65_HS1-834228961_62-HQ-83894_Section_3
Agency: FBI
Page 30
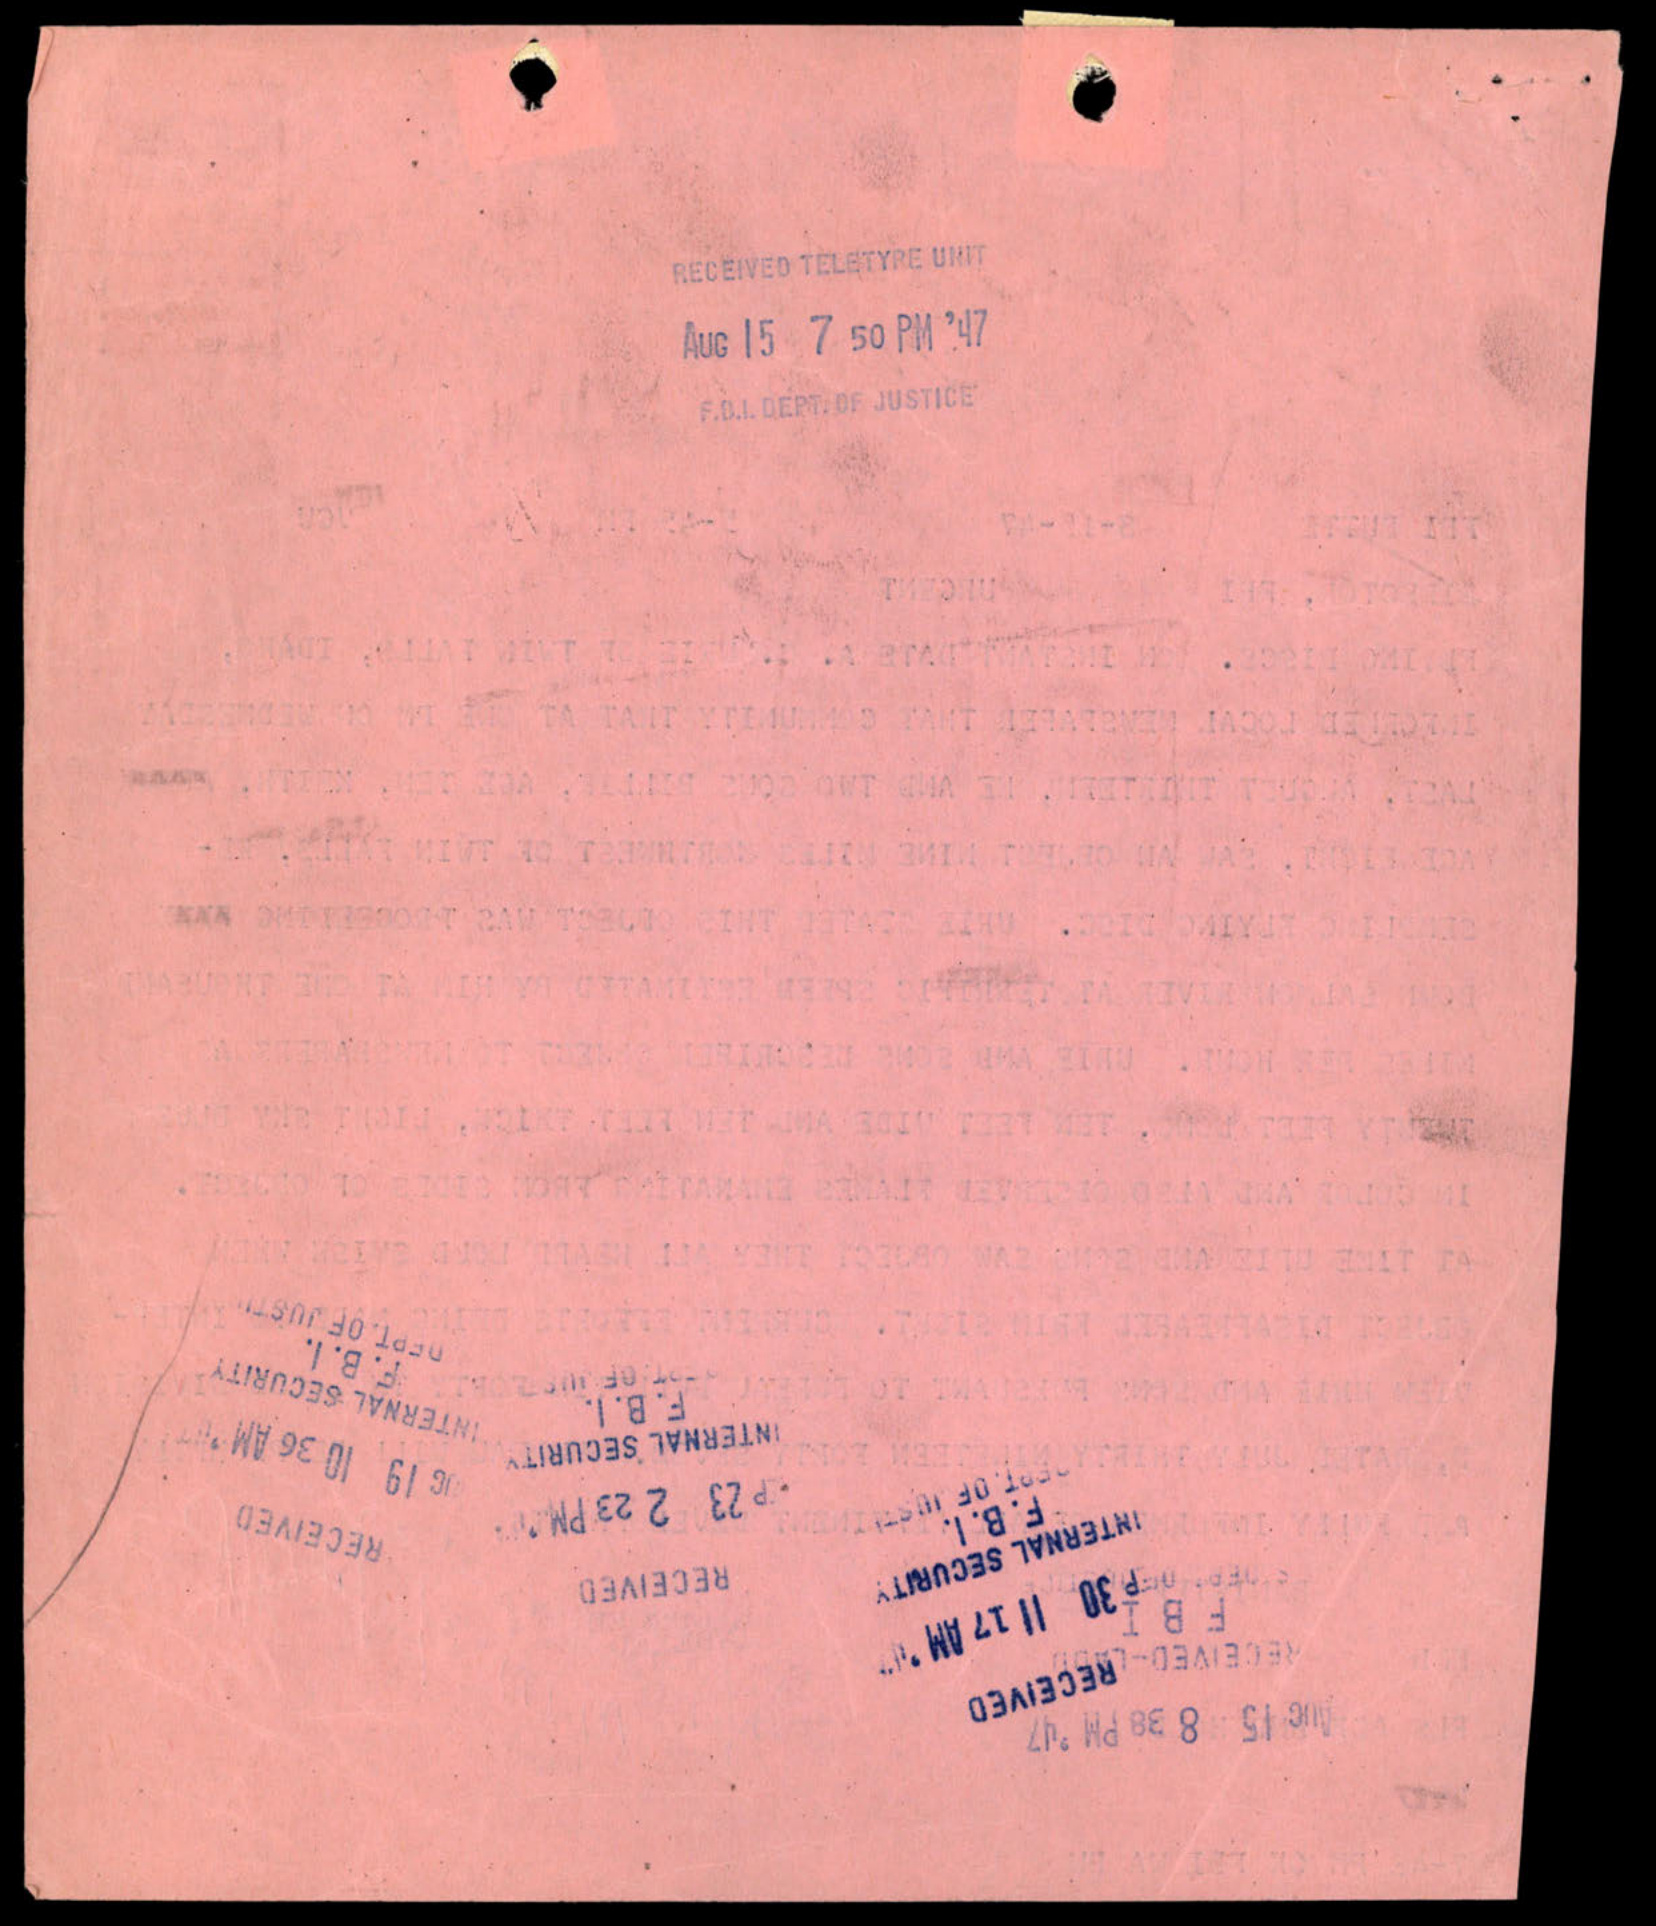